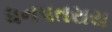
ધનપતરાય